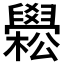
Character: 𦦵